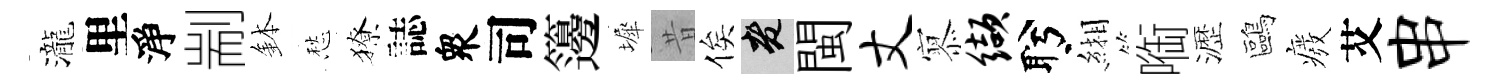
瀧里淨剬鉢愁獠誌衆司籩墀昔俟老閩丈𡪹缬盻緗㗸瀝鷗癈艾串